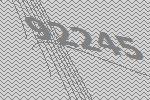
92245